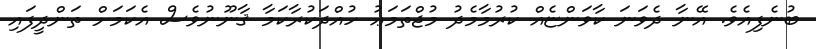
ބުނެފިއެވެ. އޭނާ ދެވަނަ ކާވަންޏެއް ކުރުމާމެދު މުޖްތަމަޢު ހުއްދަކުރާކަމާ ޤާނޫނުވެސް އެކަމަށް ތަންދީފައި